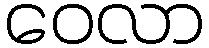
ဝေလာ